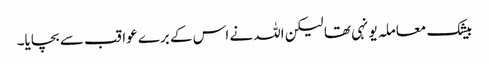
بیشک معاملہ یونہی تھا لیکن اللہ نے اس کے برے عواقب سے بچایا۔